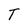
Character: T